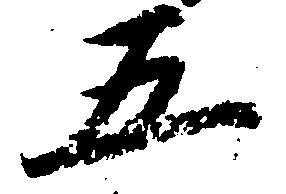
五